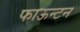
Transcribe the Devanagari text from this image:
फाऊन्टन